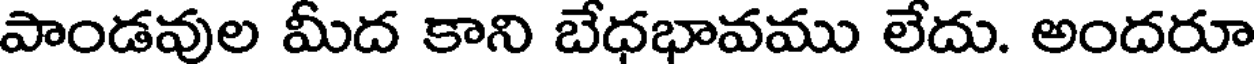
పాండవుల మీద కాని బేధభావము లేదు. అందరూ